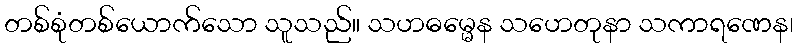
တစ်စုံတစ်ယောက်သော သူသည်။ သဟဓမ္မေန သဟေတုနာ သကာရဏေန၊